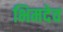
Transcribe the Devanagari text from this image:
भिमदेव